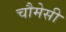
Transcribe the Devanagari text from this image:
चौमेसी